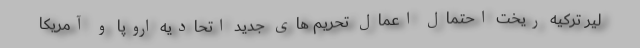
لیر ترکیه ریخت احتمال اعمال تحریم های جدید اتحادیه اروپا و آمریکا